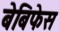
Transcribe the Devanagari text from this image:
बेबिफेस